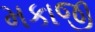
મકાજી